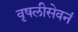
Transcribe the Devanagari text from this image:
वृषलीसेवनं